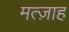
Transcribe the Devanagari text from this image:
मत्ज़ाह